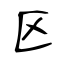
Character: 区